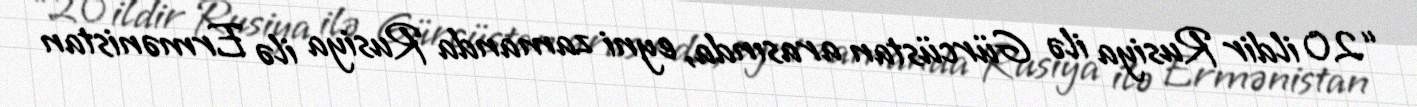
“20 ildir Rusiya ilə Gürcüstan arasında, eyni zamanda Rusiya ilə Ermənistan